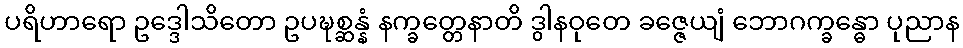
ပရိဟာရော ဥဒ္ဒေါသိတော ဥပဍ္ဎစ္ဆန္နံ နက္ခတ္တေနာတိ ဒွါနဝုတေ ခဇ္ဇေယျံ ဘောဂက္ခန္ဓော ပုညာန